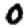
Digit: 0